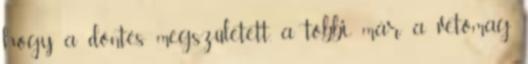
hogy a döntés megszületett, a többi már a vetőmag